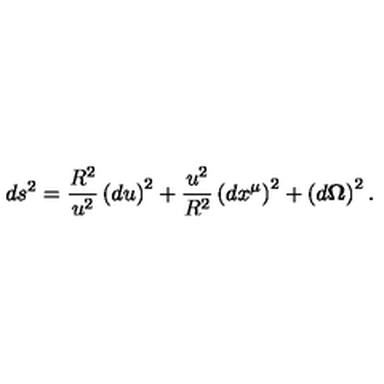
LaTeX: d s ^ { 2 } = \frac { R ^ { 2 } } { u ^ { 2 } } \left( d u \right) ^ { 2 } + \frac { u ^ { 2 } } { R ^ { 2 } } \left( d x ^ { \mu } \right) ^ { 2 } + \left( d { \bf \Omega } \right) ^ { 2 } .